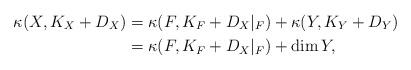
LaTeX: \begin{align*}\kappa (X, K_X+D_X)&=\kappa (F, K_F+D_X|_F)+\kappa (Y, K_Y+D_Y)\\&=\kappa (F, K_F+D_X|_F)+\dim Y, \end{align*}